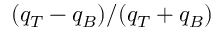
( q _ { T } - q _ { B } ) / ( q _ { T } + q _ { B } )